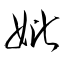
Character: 妣